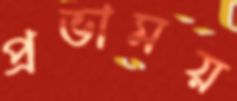
প্রভাময়